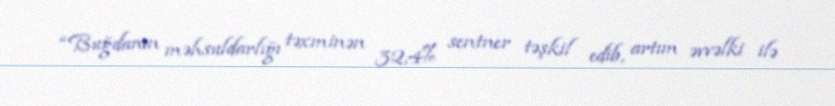
“Buğdanın məhsuldarlığı təxminən 32,4% sentner təşkil edib, artım əvvəlki ilə